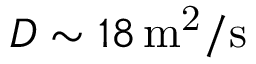
D \sim 1 8 \, \mathrm { m ^ { 2 } / s }